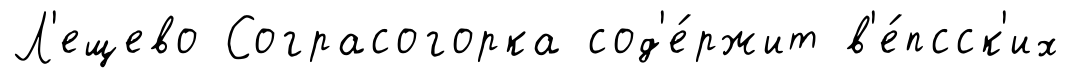
Л'ещево Сограсогорка сод'е́ржит в'е́псск'их